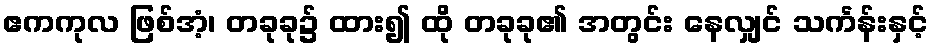
ဧကကုလ ဖြစ်အံ့၊ တခုခု၌ ထား၍ ထို တခုခု၏ အတွင်း နေလျှင် သင်္ကန်းနှင့်